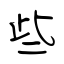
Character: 些